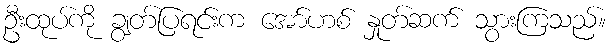
ဦးထုပ်ကို ချွတ်ပြရင်းက အော်ဟစ် နှုတ်ဆက် သွားကြသည်။